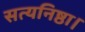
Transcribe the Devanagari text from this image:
सत्यनिष्ठा।